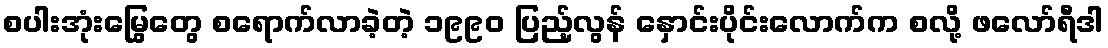
စပါးအုံးမြွေတွေ စရောက်လာခဲ့တဲ့ ၁၉၉၀ ပြည့်လွန် နှောင်းပိုင်းလောက်က စလို့ ဖလော်ရီဒါ